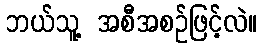
ဘယ်သူ့ အစီအစဉ်ဖြင့်လဲ။